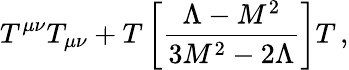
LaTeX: T^{\mu\nu}T_{\mu\nu}+T\left[\frac{\Lambda-M^{2}}{3M^{2}-2\Lambda}\right]T\, ,